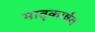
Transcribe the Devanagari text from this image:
मातृकार्षव